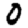
Digit: 0